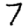
Digit: 7